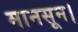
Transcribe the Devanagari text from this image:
मानसून।